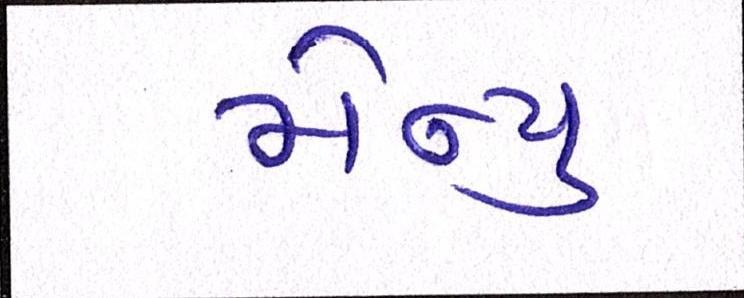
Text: મેન્યુ